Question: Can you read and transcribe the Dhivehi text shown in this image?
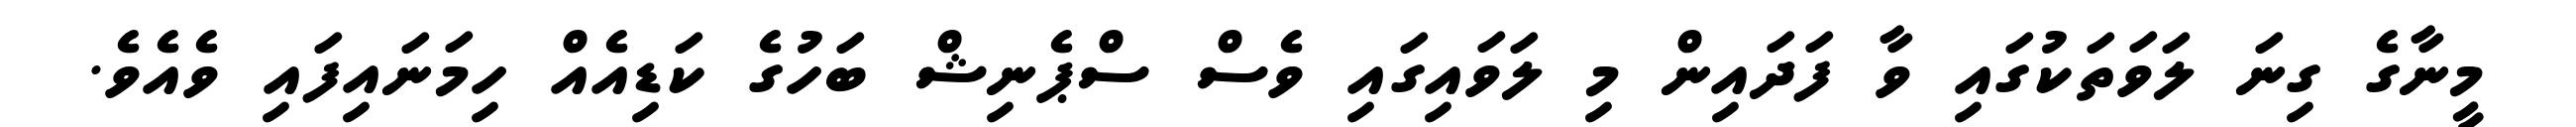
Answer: މީނާގެ ގިނަ ލަވަތަކުގައި ވާ ފަދައިން މި ލަވައިގައި ވެސް ސްޕެނިޝް ބަހުގެ ކަޑިއެއް ހިމަނައިފައި ވެއެވެ.